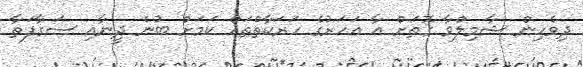
ދިވެހިން ޝާމިލްވާ ގޮތަށް އާ އަހަރުގެ ހަރަކާތްތައް ކަމަށް ބުނެ ދީނާއި ސަގާފަތާ